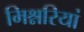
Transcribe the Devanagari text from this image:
मिश्नरियां